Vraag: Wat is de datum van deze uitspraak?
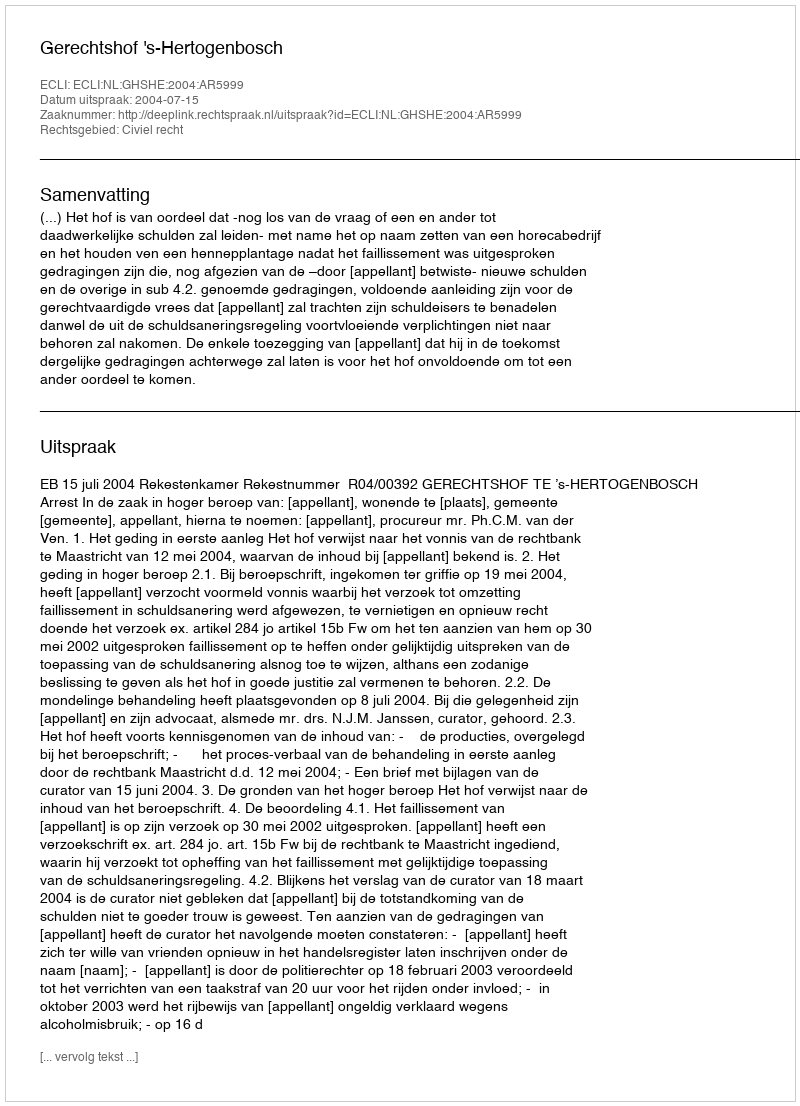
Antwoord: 2004-07-15